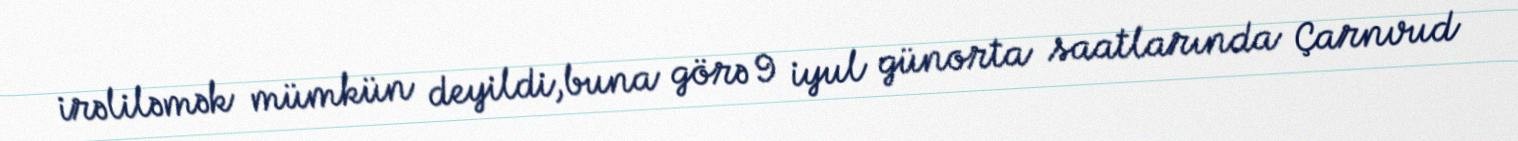
irəliləmək mümkün deyildi,buna görə 9 iyul günorta saatlarında Çarnvud